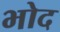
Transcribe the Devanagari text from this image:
भोद